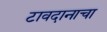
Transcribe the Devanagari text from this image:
टावदानाचा